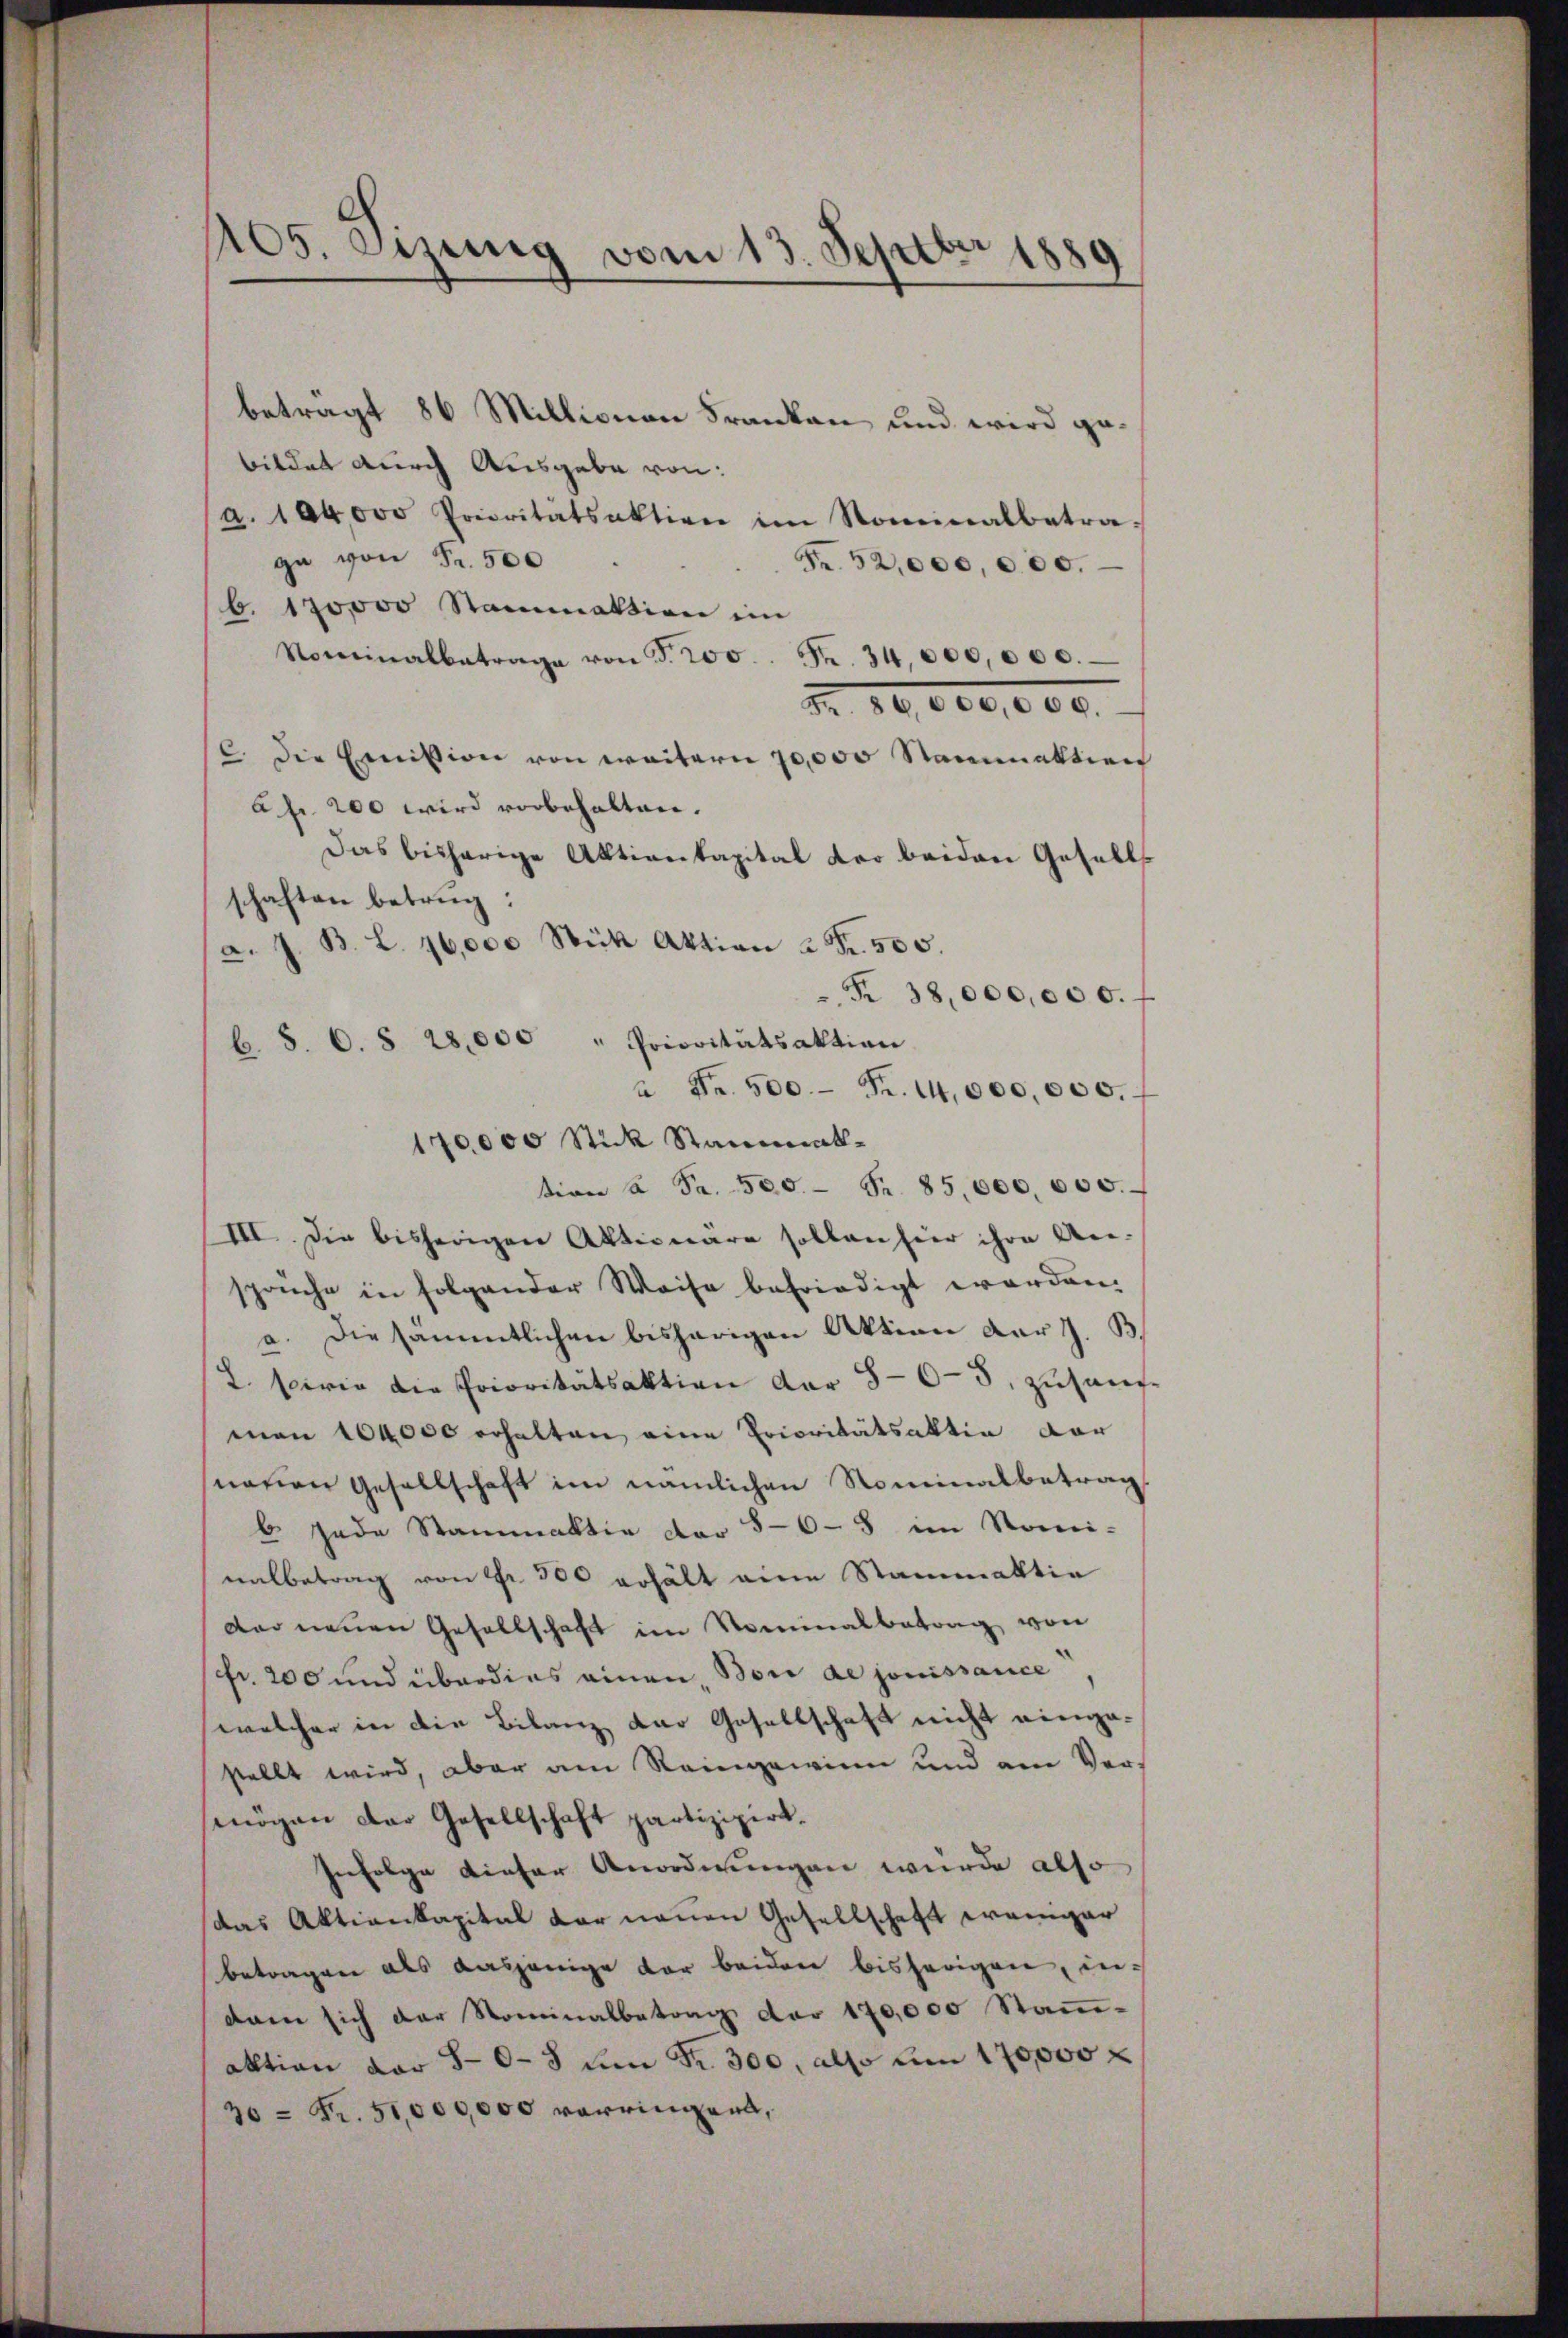
betragt 86 Millionau Franken und wird gebildet durch Ausgabe von:
a. 100000 Prioritätsaktion im Rominalbetra-
ga von Fr. 500
Fr. 52,000,000.
b. 170,000 Stammation im
Nominalbetrage von S. 200. Fr. 34,000,000.
Nr. 10,000,000.
c. die Einition von weitern 70,000 Stanaktion
afr. 200 wird vorbehalten.
Das bisherige Aktienkapital der beiden Gesells
schaften betrug:
a. J. B. L. 16,000 Stük Aktion à Fr. 505.
Fr 38,000,000. f
à Fr. 500 Fr. 14,000,000.
170,000 Stick Stammattion ca Fr. 500.- Fr. 85,000,000.
III. Die bisherigen Aktionäre sollen hier ihre An-
sprüche in folgender Weise befriedigt worden.
a. Die sämmtlichen bisherigen Aktion der z. B.
2. spirie die Prioritätsaktion der 50-5. zusam
man 104,000 erhalten eine Prioritätsakten dar
neuen Gesellschaft im nämlichen Nominalbetrag
b. Jede Stammaktie der 5-6-8 im Romi-
nalbetrag von Fr. 500 erhält eine Stammattin
der neuen Gesellschaft im Nominalbetrag von
fr. 200 und überdies einen Bon de jouissance
welcher in die Bilanz der Gesellschaft nicht eingastellt wird, aber am Reingewinn und am Vormögen der Gesellschaft partizipirt.
Infolge dieser Anordnungen wurde also
das Aktienkapital der neuen Gesellschaft weniger
betragen als dasjenige vor beiden bisherigen, indann sich der Nominalbetrag der 170,000 Stamm-
aktion der 50-3 ŭm Fr. 300, also um 170000
30 = Fr. 51,000,000 vorringert,

105. Sizung vom 13. Septbr 1889

b. S. C. § 28,000 " Prioritätsaktion